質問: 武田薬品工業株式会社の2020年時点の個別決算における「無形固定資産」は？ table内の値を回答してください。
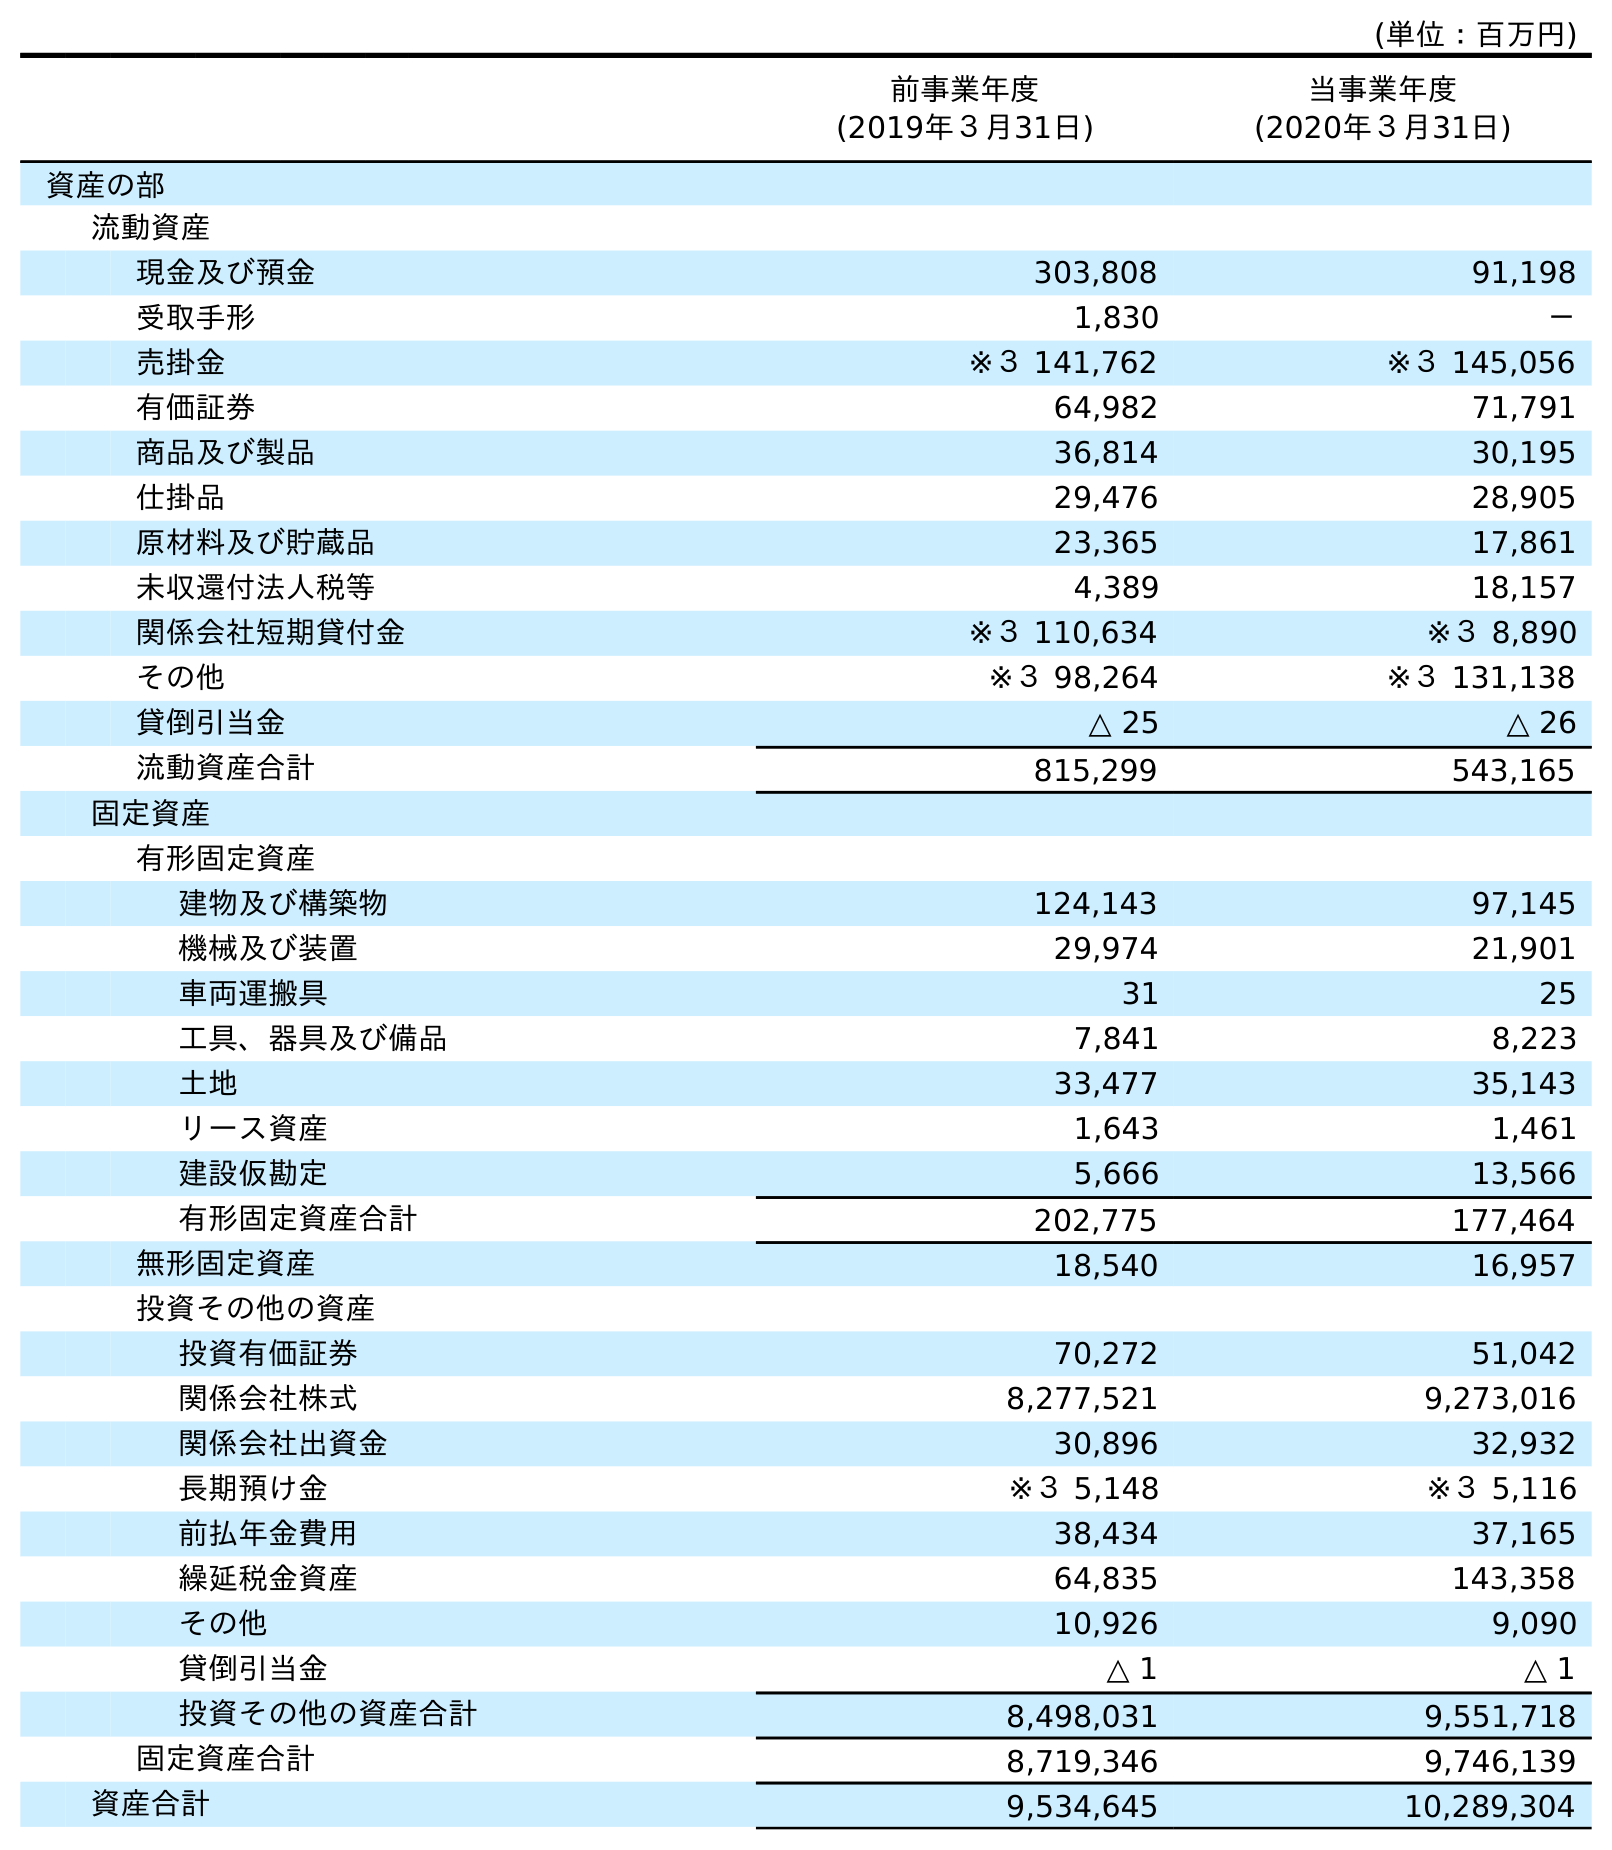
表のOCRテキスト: (単位：百万円) 前事業年度 (2019年３月31日) 当事業年度 (2020年３月31日) 資産の部 流動資産 現金及び預金 303,808 91,198 受取手形 1,830 － 売掛金 ※３ 141,762 ※３ 145,056 有価証券 64,982 71,791 商品及び製品 36,814 30,195 仕掛品 29,476 28,905 原材料及び貯蔵品 23,365 17,861 未収還付法人税等 4,389 18,157 関係会社短期貸付金 ※３ 110,634 ※３ 8,890 その他 ※３ 98,264 ※３ 131,138 貸倒引当金 △ 25 △ 26 流動資産合計 815,299 543,165 固定資産 有形固定資産 建物及び構築物 124,143 97,145 機械及び装置 29,974 21,901 車両運搬具 31 25 工具、器具及び備品 7,841 8,223 土地 33,477 35,143 リース資産 1,643 1,461 建設仮勘定 5,666 13,566 有形固定資産合計 202,775 177,464 無形固定資産 18,540 16,957 投資その他の資産 投資有価証券 70,272 51,042 関係会社株式 8,277,521 9,273,016 関係会社出資金 30,896 32,932 長期預け金 ※３ 5,148 ※３ 5,116 前払年金費用 38,434 37,165 繰延税金資産 64,835 143,358 その他 10,926 9,090 貸倒引当金 △ 1 △ 1 投資その他の資産合計 8,498,031 9,551,718 固定資産合計 8,719,346 9,746,139 資産合計 9,534,645 10,289,304
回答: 16,957